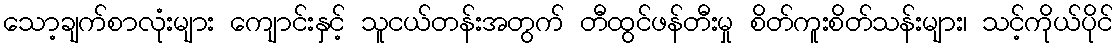
သော့ချက်စာလုံးများ ကျောင်းနှင့် သူငယ်တန်းအတွက် တီထွင်ဖန်တီးမှု စိတ်ကူးစိတ်သန်းများ၊ သင့်ကိုယ်ပိုင်